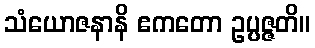
သံယောဇနာနိ ဧကတော ဥပ္ပဇ္ဇတိ။